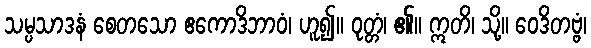
သမ္ပသာဒနံ စေတသော ဧကောဒိဘာဝံ၊ ဟူ၍။ ဝုတ္တံ၊ ၏။ ဣတိ၊ သို့။ ဝေဒိတဗ္ဗံ၊